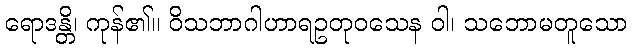
ရောဒန္တိ၊ ကုန်၏။ ဝိသဘာဂါဟာရဥတုဝသေန ဝါ၊ သဘောမတူသော